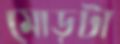
মোড়টা